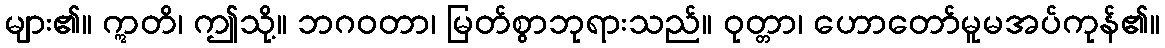
များ၏။ ဣတိ၊ ဤသို့။ ဘဂဝတာ၊ မြတ်စွာဘုရားသည်။ ဝုတ္တာ၊ ဟောတော်မူမအပ်ကုန်၏။